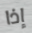
إذا